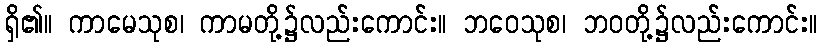
ရှိ၏။ ကာမေသုစ၊ ကာမတို့၌လည်းကောင်း။ ဘဝေသုစ၊ ဘဝတို့၌လည်းကောင်း။